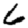
Digit: 6